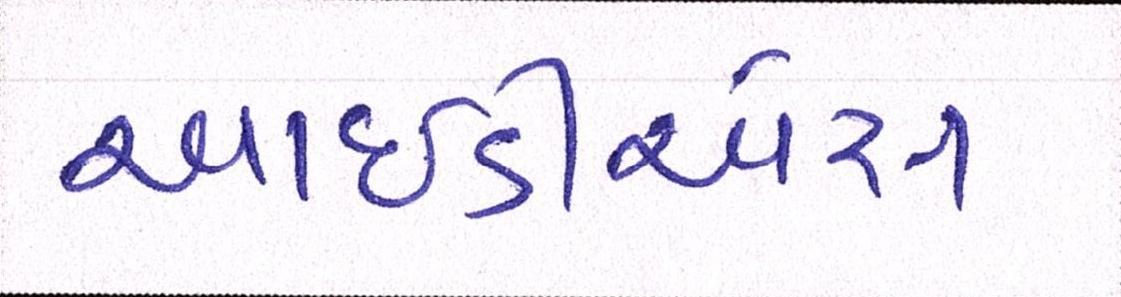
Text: આઈડીએસ